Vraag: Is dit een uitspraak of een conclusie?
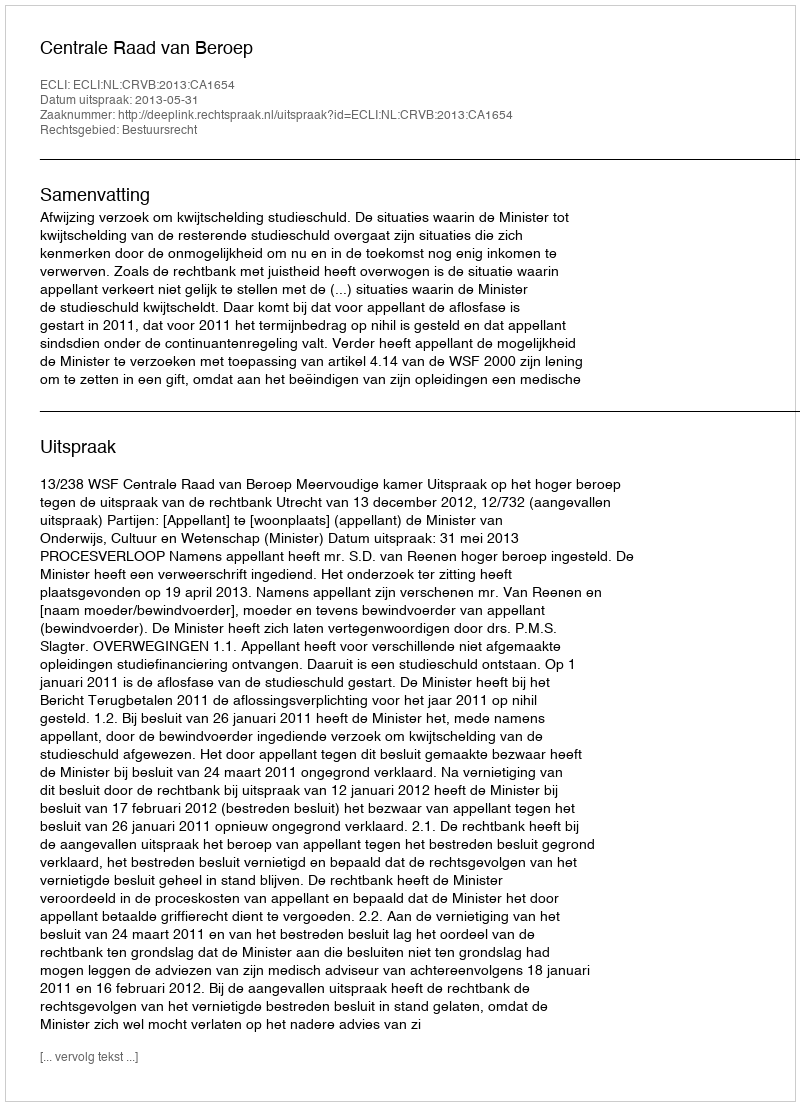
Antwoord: Uitspraak